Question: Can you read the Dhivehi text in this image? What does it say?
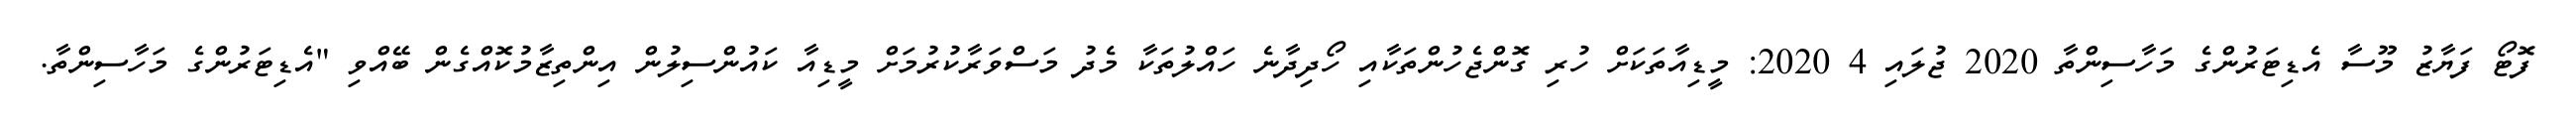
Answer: ފޮޓޯ ފަޔާޒު މޫސާ އެޑިޓަރުންގެ މަހާސިންތާ 2020 ޖުލައި 4 2020: މީޑިއާތަކަށް ހުރި ގޮންޖެހުންތަކާއި ހޯދިދާނެ ހައްލުތަކާ މެދު މަސްވަރާކުރުމަށް މީޑިއާ ކައުންސިލުން އިންތިޒާމުކޮއްގެން ބޭއްވި "އެޑިޓަރުންގެ މަހާސިންތާ.